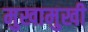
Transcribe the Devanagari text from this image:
मुखामुखी